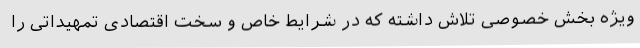
ویژه بخش خصوصی تلاش داشته که در شرایط خاص و سخت اقتصادی تمهیداتی را